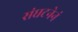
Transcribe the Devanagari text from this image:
संघटनेनं